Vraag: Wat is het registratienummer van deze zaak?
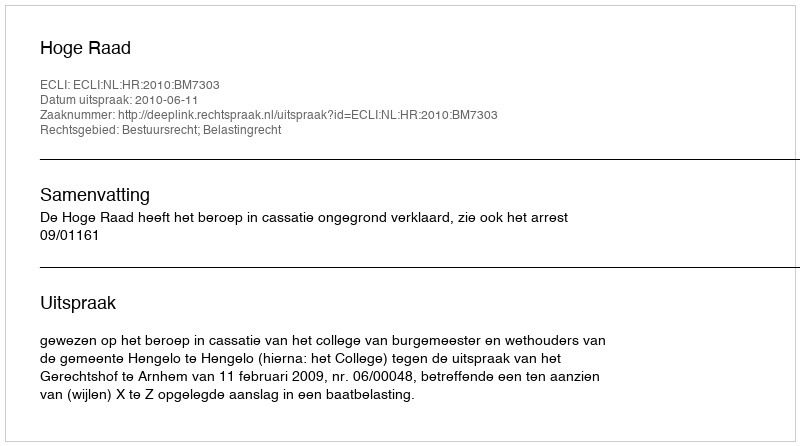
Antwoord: http://deeplink.rechtspraak.nl/uitspraak?id=ECLI:NL:HR:2010:BM7303